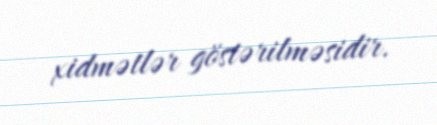
xidmətlər göstərilməsidir.